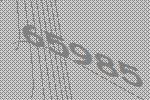
65985